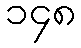
၁၄၈